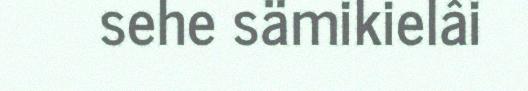
sehe sämikielâi